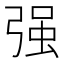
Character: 强